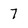
Character: 7